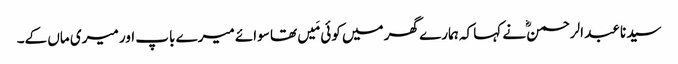
سیدنا عبد الرحمنؓ نے کہا کہ ہمارے گھر میں کوئی مَیں تھا سوائے میرے باپ اور میری ماں کے۔